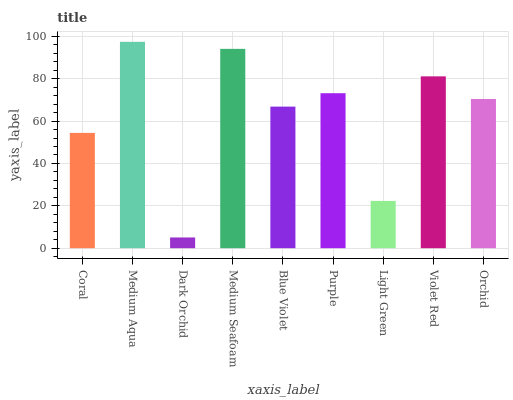
| xaxis_label | bars |
 | --- | --- |
 | Coral | 54.4 |
 | Medium Aqua | 97.4 |
 | Dark Orchid | 5.07 |
 | Medium Seafoam | 94.1 |
 | Blue Violet | 66.8 |
 | Purple | 73.1 |
 | Light Green | 22.3 |
 | Violet Red | 81.1 |
 | Orchid | 70.4 |